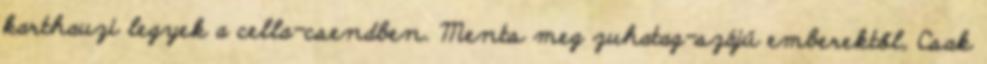
karthauzi legyek a cella-csendben. Ments meg zuhatag-szájú emberektől, Csak